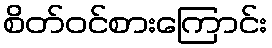
စိတ်ဝင်စားကြောင်း